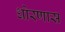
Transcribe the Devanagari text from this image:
धोरणास